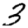
Digit: 3